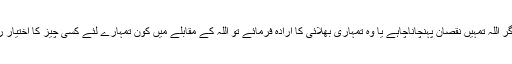
تم فرماؤ اگر اللہ تمہیں نقصان پہنچاناچاہے یا وہ تمہاری بھلائی کا ارادہ فرمائے تو اللہ کے مقابلے میں کون تمہارے لئے کسی چیز کا اختیار رکھتا ہے؟